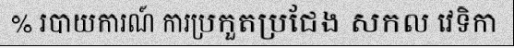
% របាយការណ៍ ការប្រកួតប្រជែង សកល វេទិកា